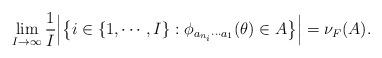
LaTeX: \begin{align*}\lim_{I\to\infty}\frac{1}{I}\Big|\big\{i\in\{1,\cdots, I\}:\phi_{a_{n_i}\cdots a_1}(\theta)\in A\big\}\Big|=\nu_F(A).\end{align*}